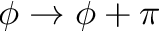
\phi \rightarrow \phi + \pi